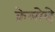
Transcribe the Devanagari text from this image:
क्रेलोव्हे